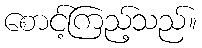
စောင့်ကြည့်သည်။